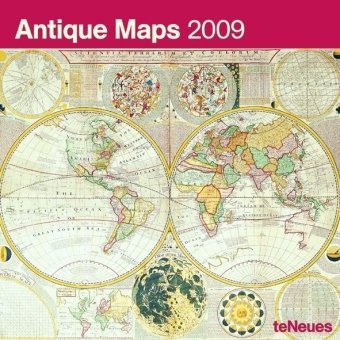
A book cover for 2009 Antique Maps Wall Calendar; Author; Calendars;